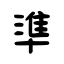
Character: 準